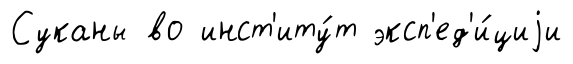
Суканы во инст'иту́т эксп'ед'и́циjи